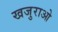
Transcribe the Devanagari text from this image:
खजुराओ